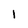
Character: 1